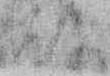
殿